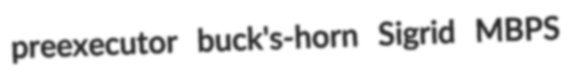
preexecutor buck's-horn Sigrid MBPS